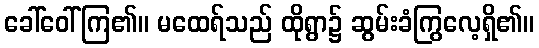
ခေါ်ဝေါ်ကြ၏။ မထေရ်သည် ထိုရွာ၌ ဆွမ်းခံကြွလေ့ရှိ၏။